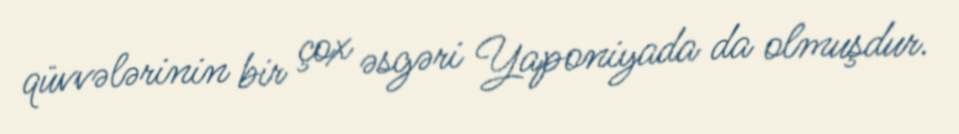
qüvvələrinin bir çox əsgəri Yaponiyada da olmuşdur.